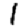
Digit: 1